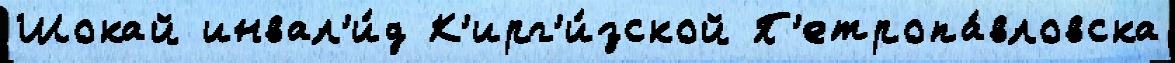
Шокай инвал'и́д К'ирг'и́зской П'етропа́вловска